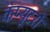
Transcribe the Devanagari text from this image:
कंप्‍यूटरों